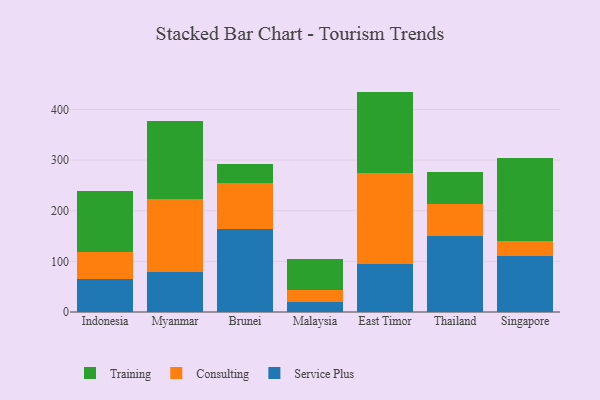
{"axis": {"x": "Country", "y": "Population (Million)"}, "legend": ["Consulting", "Service Plus", "Training"], "data": [{"x": "Indonesia", "y": 65.6, "type": "Service Plus"}, {"x": "Indonesia", "y": 52.2, "type": "Consulting"}, {"x": "Indonesia", "y": 121.1, "type": "Training"}, {"x": "Myanmar", "y": 78.2, "type": "Service Plus"}, {"x": "Myanmar", "y": 144.3, "type": "Consulting"}, {"x": "Myanmar", "y": 155.0, "type": "Training"}, {"x": "Brunei", "y": 163.2, "type": "Service Plus"}, {"x": "Brunei", "y": 90.6, "type": "Consulting"}, {"x": "Brunei", "y": 37.6, "type": "Training"}, {"x": "Malaysia", "y": 20.7, "type": "Service Plus"}, {"x": "Malaysia", "y": 22.7, "type": "Consulting"}, {"x": "Malaysia", "y": 61.2, "type": "Training"}, {"x": "East Timor", "y": 95.3, "type": "Service Plus"}, {"x": "East Timor", "y": 179.6, "type": "Consulting"}, {"x": "East Timor", "y": 160.3, "type": "Training"}, {"x": "Thailand", "y": 150.7, "type": "Service Plus"}, {"x": "Thailand", "y": 62.9, "type": "Consulting"}, {"x": "Thailand", "y": 62.3, "type": "Training"}, {"x": "Singapore", "y": 109.9, "type": "Service Plus"}, {"x": "Singapore", "y": 29.6, "type": "Consulting"}, {"x": "Singapore", "y": 164.7, "type": "Training"}]}